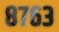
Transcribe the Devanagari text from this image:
८७६३